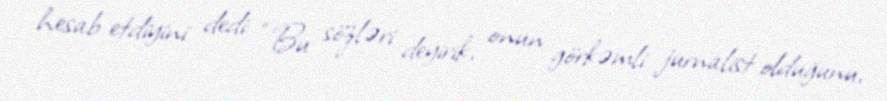
hesab etdiyini dedi: “Bu sözləri deyirik, onun görkəmli jurnalist olduğunu,